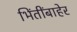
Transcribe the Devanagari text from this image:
भिंतींबाहेर